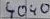
Text: 4040